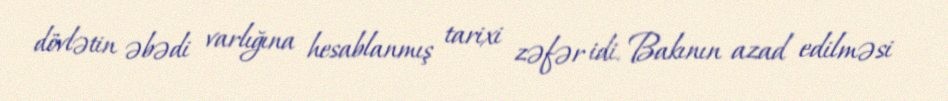
dövlətin əbədi varlığına hesablanmış tarixi zəfər idi. Bakının azad edilməsi